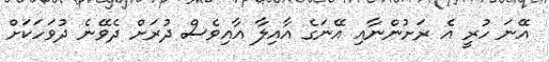
އޭނަ ހުރީ އެ ރަށުންނާއި އޭނަގެ އާއިލާ އާއިވެސް ދުރަށް ދެވޭނެ ދުވަހަކަށް